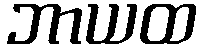
ဘာယထ